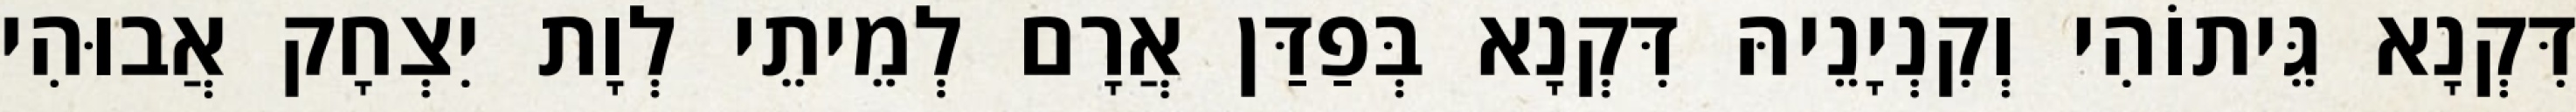
דִּקְנָא גֵּיתוֹהִי וְקִנְיָנֵיהּ דִּקְנָא בְּפַדַּן אֲרָם לְמֵיתֵי לְוָת יִצְחָק אֲבוּהִי